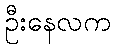
ဦးနေလက